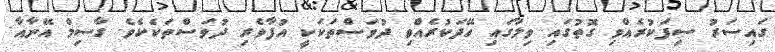
ގައިސަރު ސިފަކުރެއްވި ގޮތުގައި ވިލާގައި ހޭދަކުރެއްވި ދުވަސްތަކަކީ އުފާވެރި ދުވަސްތަކެކެވެ. ގާސިމް އޭނާއާ